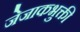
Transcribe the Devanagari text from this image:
जेजाकभुक्ती